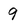
Character: 9